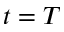
t = T